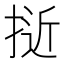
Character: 𭡕